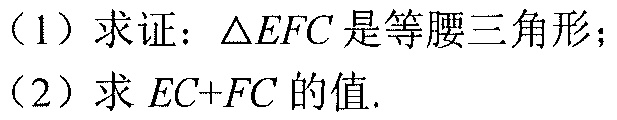
(1) 求证：\(\triangle EFC\) 是等腰三角形；
(2) 求 \(EC + FC\) 的值.